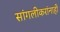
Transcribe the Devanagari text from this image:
सांगलीकरांनाही